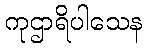
ကုဌာရိပါသေန